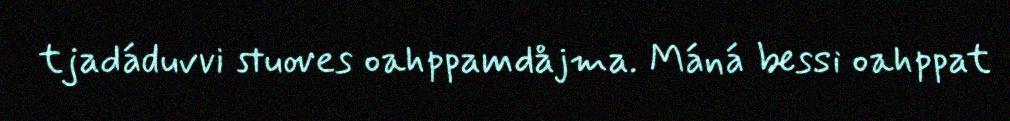
tjadáduvvi stuoves oahppamdåjma. Máná bessi oahppat